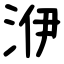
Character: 洢